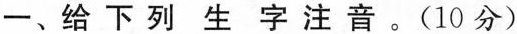
一、给下列生字注音。(10分)